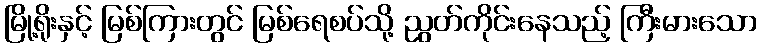
မြို့ရိုးနှင့် မြစ်ကြားတွင် မြစ်ရေစပ်သို့ ညွတ်ကိုင်းနေသည့် ကြီးမားသော